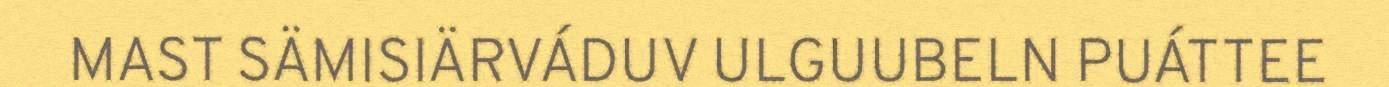
MAST SÄMISIÄRVÁDUV ULGUUBELN PUÁTTEE